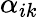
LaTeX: \alpha_{ik}